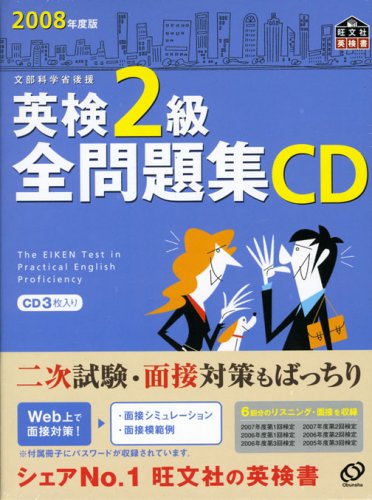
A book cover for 2008 edition Grade 2 CD collection of all problem Eiken - sponsored by the Ministry of Education, Culture, Sports, Science (Obunsha Eiken manual) (2008) ISBN: 4010944668 [Japanese Import]; Sports & Outdoors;